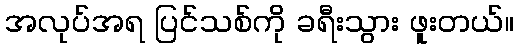
အလုပ်အရ ပြင်သစ်ကို ခရီးသွား ဖူးတယ်။